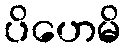
ပိဟေမိ